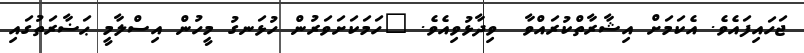
ޖަހައިފައެވެ. އެކަމަށް އިޝާރާތްކުރައްވާ  ވިދާޅުވިއެވެ. "ހަމަކަށަވަރުން ހުޅަނގު މީހުން އިސްލާމީ ޙަޟާރަތުގައި